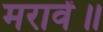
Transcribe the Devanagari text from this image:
मरावें॥